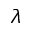
\lambda